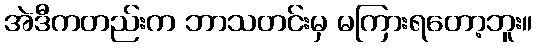
အဲဒီကတည်းက ဘာသတင်းမှ မကြားရတော့ဘူး။